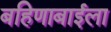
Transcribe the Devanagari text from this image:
बहिणाबाईला